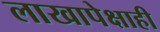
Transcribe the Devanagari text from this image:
लाखापेक्षाही